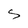
Character: S